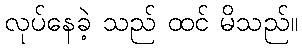
လုပ်နေခဲ့ သည် ထင် မိသည်။